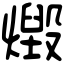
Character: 燬